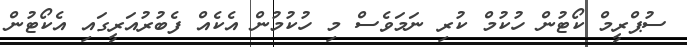
ސުޕްރީމް ކޯޓުން ހުކުމް ކުރި ނަމަވެސް މި ހުކުމުން އެކެއް ފެބުރުއަރީގައި އެކޯޓުން